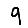
Digit: 9